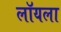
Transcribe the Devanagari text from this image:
लॉयला